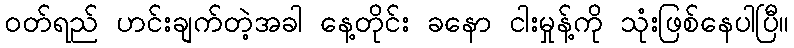
ဝတ်ရည် ဟင်းချက်တဲ့အခါ နေ့တိုင်း ခနော ငါးမှုန့်ကို သုံးဖြစ်နေပါပြီ။